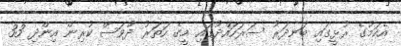
އެކަމުގެ ރުޅީގައި ބަނދަރު ސަރަހައްދުގައި މީގެ ހަތަރު ދުވަސް ކުރިން އިންދި 33